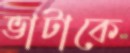
ভাটাকে